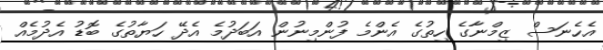
އެހެނަސް ޒިމްނާގެ ހިތުގެ އެންމެ ފުންމިނުން އަބަދުމެ އެދޭ ހަޔާތުގެ ބޮޑު އެދުމެއް